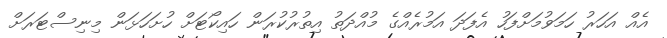
އެއް އަހަރު ހަމަވުމަށްފަހު އެފަދަ އަމުރެއްގެ މުއްދަތު އިތުރުކުރަން ހައިކޯޓަށް ހުށަހަޅަން މިނިސްޓަރަށް